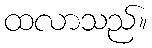
ထလာသည်။